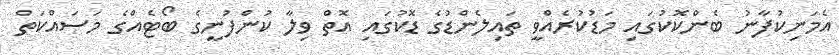
އެމަނިކުފާނު ބެންކޮކުގައި މަޑުކުރެއްވީ ތައިލެންޑުގެ ޑޮކުގައި އޮތް ވިލާ ކުންފުނީގެ ބޯޓެއްގެ މަސައްކަތް